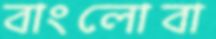
বাংলোবা